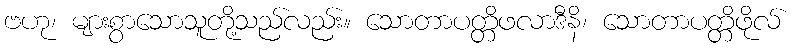
ဗဟု၊ များစွာသောသူတို့သည်လည်း။ သောတာပတ္တိဖလာဒီနိ၊ သောတာပတ္တိဖိုလ်